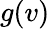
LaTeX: g(v)